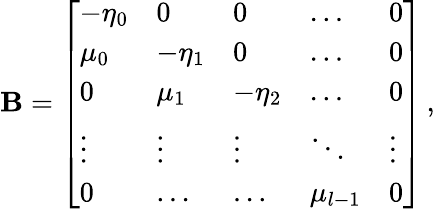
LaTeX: \mathbf{B}=\left[\begin{array}{lllll}{-\eta_{0}}&{0}&{0}&{\dots}&{0}\\ {\mu_{0}}&{-\eta_{1}}&{0}&{\dots}&{0}\\ {0}&{\mu_{1}}&{-\eta_{2}}&{\dots}&{0}\\ {\vdots}&{\vdots}&{\vdots}&{\ddots}&{\vdots}\\ {0}&{\dots}&{\dots}&{\mu_{l-1}}&{0}\end{array}\right]\, ,